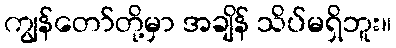
ကျွန်တော်တို့မှာ အချိန် သိပ်မရှိဘူး။